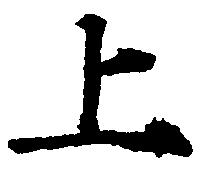
上